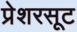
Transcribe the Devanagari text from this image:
प्रेशरसूट